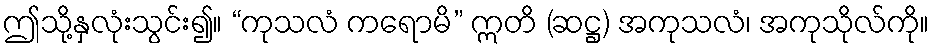
ဤသို့နှလုံးသွင်း၍။ “ကုသလံ ကရောမိ” ဣတိ (ဆဋ္ဌ) အကုသလံ၊ အကုသိုလ်ကို။